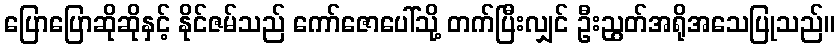
ပြောပြောဆိုဆိုနှင့် နိုင်ဇမ်သည် ကော်ဇောပေါ်သို့ တက်ပြီးလျှင် ဦးညွတ်အရိုအသေပြုသည်။